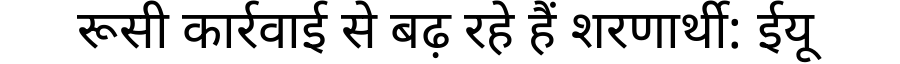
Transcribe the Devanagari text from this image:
रूसी कार्रवाई से बढ़ रहे हैं शरणार्थी: ईयू